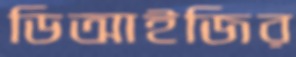
ডিআইজির